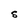
Character: S